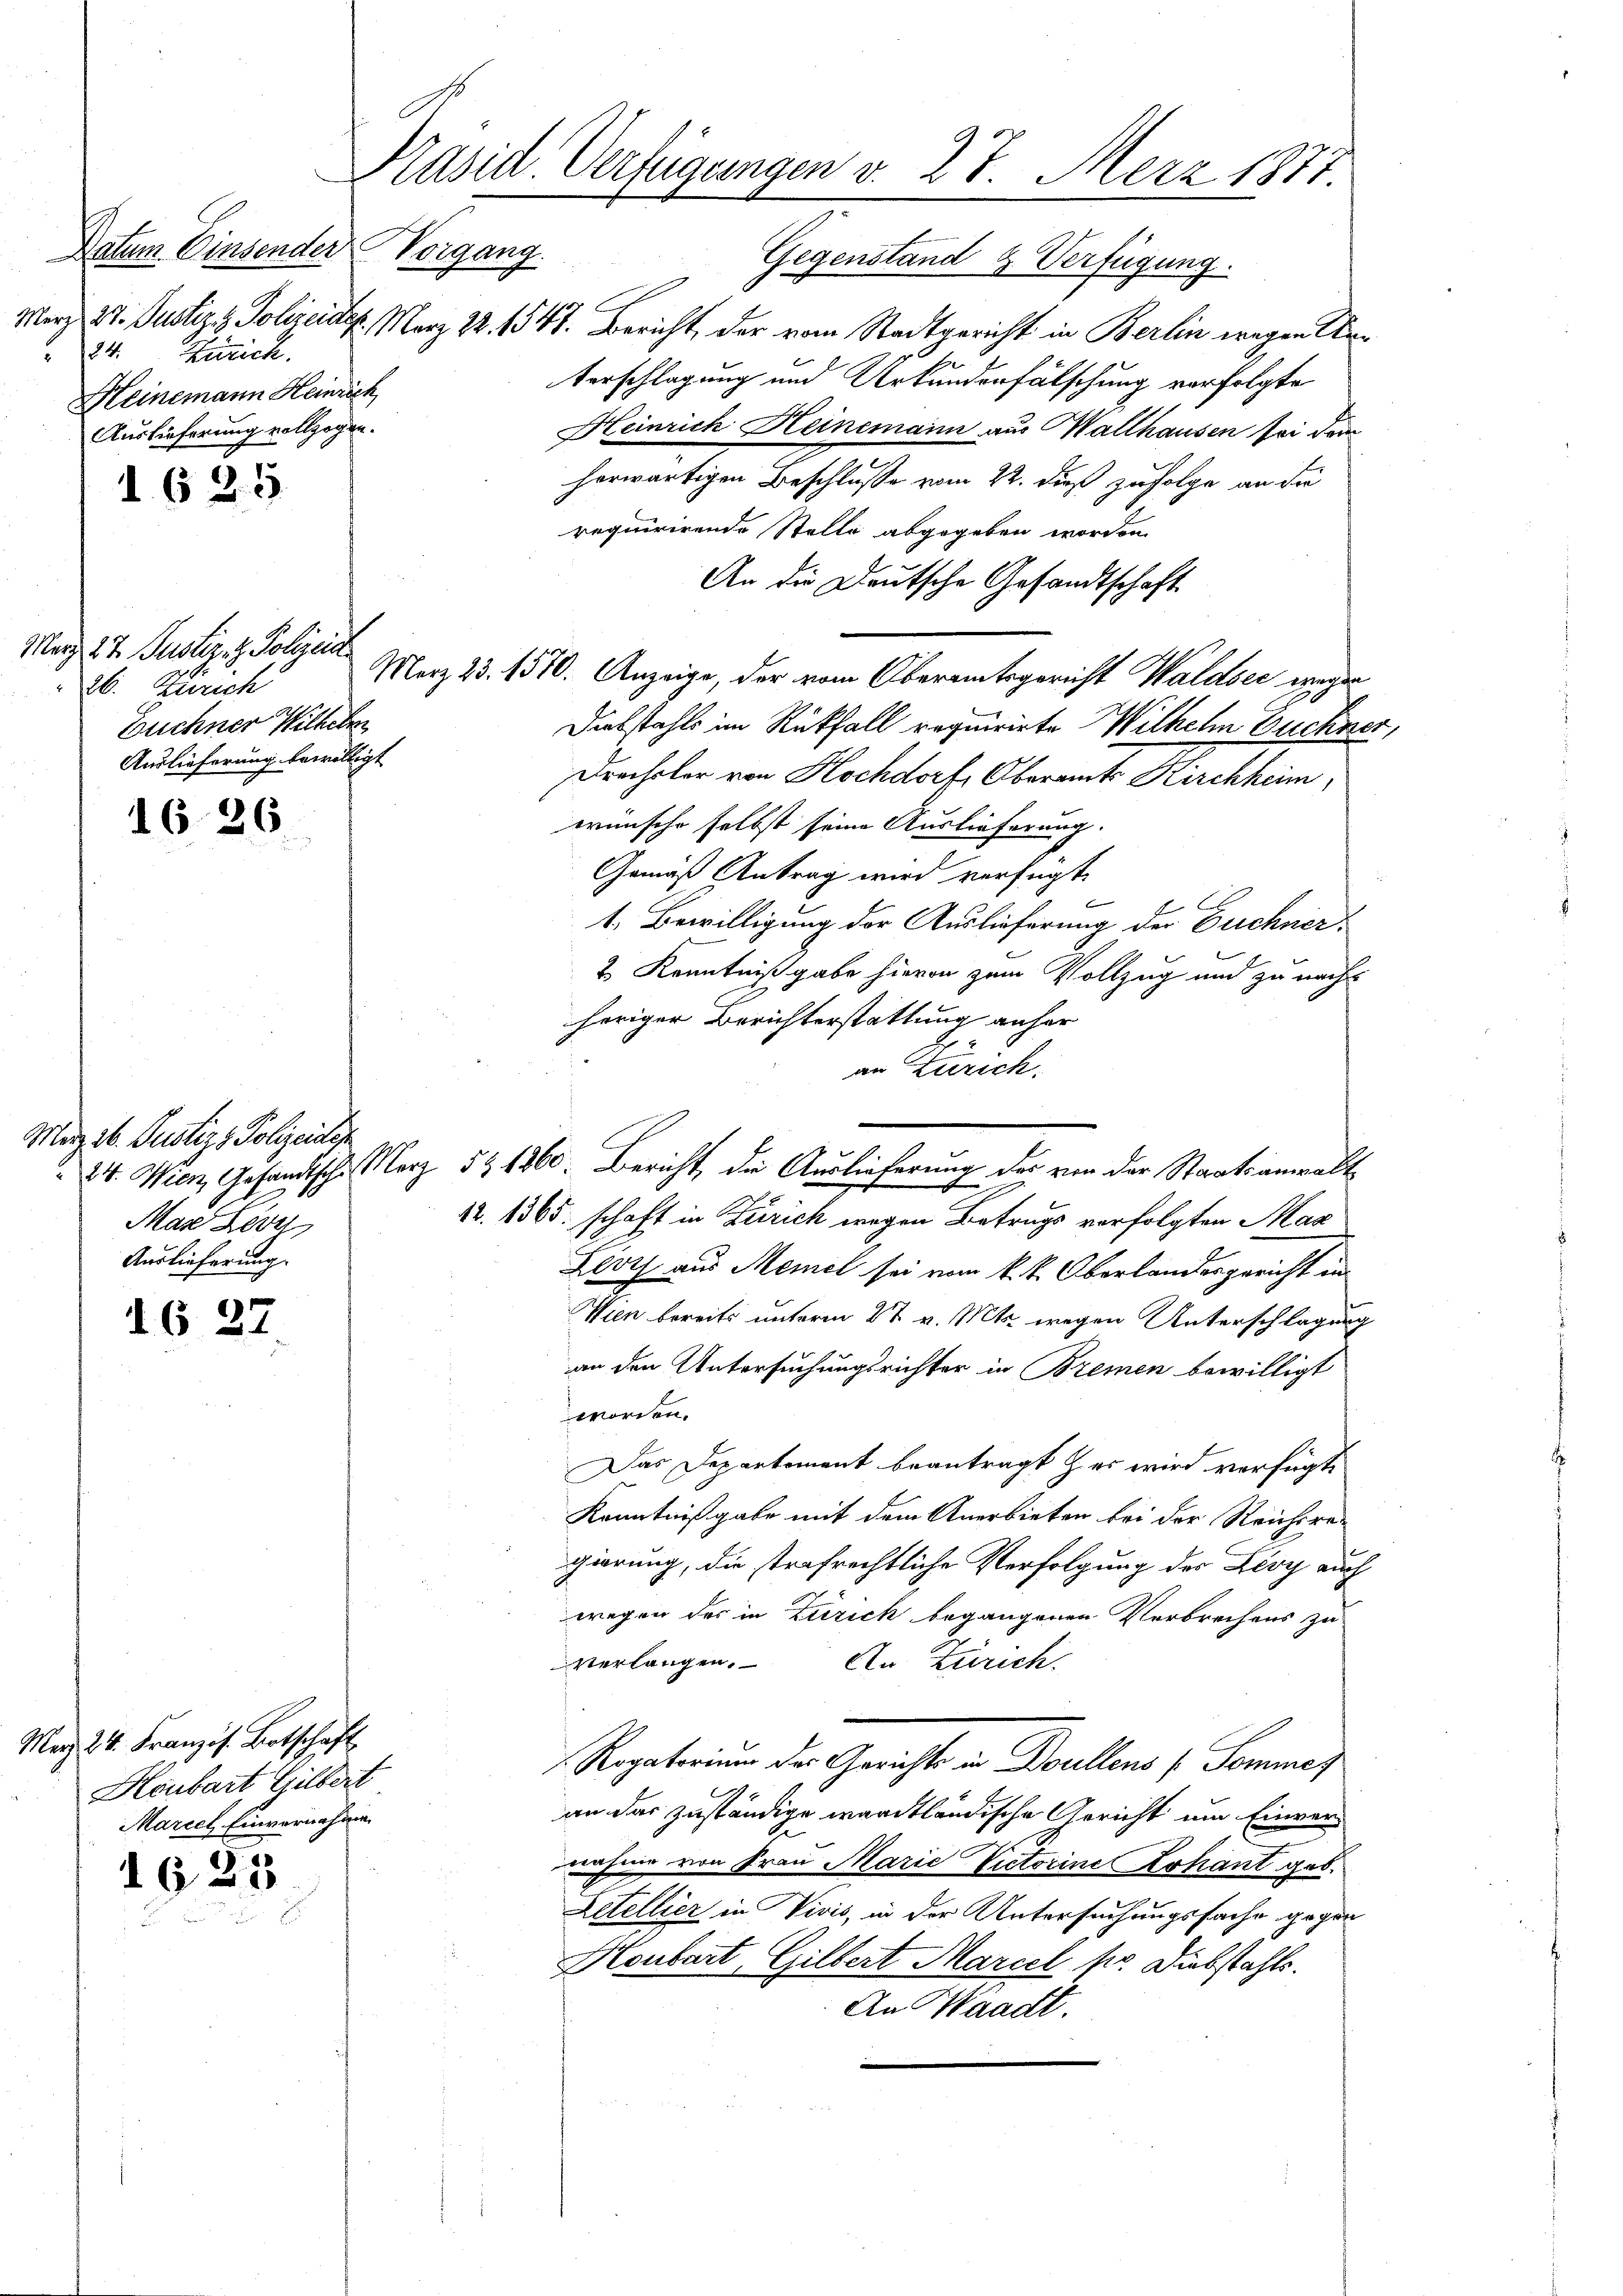
¬

Datum Einsender
24. Zürich.
Heinemann Heinrich
Auslieferung vollzogen.

1625

März 27. Justiz- & Polizeid
26. Zürich
Euchner Wilhelm
Auslieferung bewilligt

1626.

März d. Justiz, Polizeidige
Mas Leve
Auslieferung.

16 27

Mag 24. Französ. Botschaft
Houbart Gilbert
Marcel, Einvernahme

1623

Präsid. Verfügungen v. 28. Merz 1877.

Vorgang.

Gegenstand & Verfügung.
Merz 27. Justiz & Polizeider. März 22. 1547. Bericht, der vom Stadtgericht in Berlin wegen Urterschlagung und Urkundenfälschung verfolgte
Heinrich Heinemann aus Wallhausen sei dem
herwärtigen Beschlusse vom 22. dieß zufolge an die
requirirende Stelle abgegeben worden.
An die Deutsche Gesandtschaft
Merz 23. 1370. Anzeige, der vom Oberamtsgericht Waldsec wegen
Diebstahls im Rückfall requirirte Wilhelm Euchner,
Drechsler von Kochdorf, Oberamts Kirchheim,
wünsche selbst seine Auslieferung.
Gemäß Antrag wird verfügt

1. Bewilligung der Auslieferung der Euchner
2. Kenntnißgabe hievon zum Vollzug und zu nach
heriger Berichterstattung anher
an Zürich.
24. Wien, Gesandtsch. Merz 5 & 1860. Bericht, die Auslieferung der von der Staatsanwalt
e
12. 1365. schaft in Zürich wegen Betrugs verfolgten Maa
Leotz aus Meiel sei vom k. k. Oberlandesgericht in
Wien bereits unterm 27 v. Mts. wegen Unterschlagung
an den Untersuchungsrichter in Bremen bewilligt
worden.
Das Departement beantragt & es wird verfügte
Kenntnißgabe mit dem Anerbieten bei der Reichsregierung, die strafrechtliche Verfolgung des Lesy auch
wegen des in Zurick begangenen Verbrechens zu
verlangen. An Zürich
 Rogatorium der Gerichts in Duellens Somme
an das zuständige wardtländische Gericht um Einvernahme von Frau Marie Victorine Rohant geb.
Zetellier in Vivis, in der Untersuchungsfache gegen
Houbart, Gilbert Marcel pr. Diebstahls.
An Waadt.